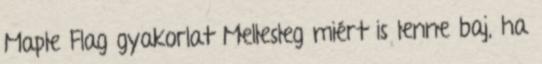
Maple Flag gyakorlat Mellesleg miért is lenne baj, ha